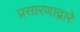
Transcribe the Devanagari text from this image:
प्रसारणाद्वारे